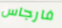
فارجاس